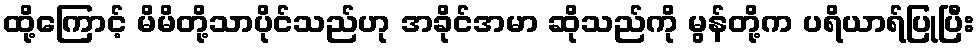
ထို့ကြောင့် မိမိတို့သာပိုင်သည်ဟု အခိုင်အမာ ဆိုသည်ကို မွန်တို့က ပရိယာရ်ပြုပြီး